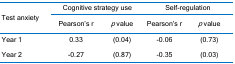
<table><thead><tr><td rowspan="2"><b>Test anxiety</b></td><td colspan="2"><b>Cognitive strategy use</b></td><td colspan="2"><b>Self-regulation</b></td></tr><tr><td><b>Pearson’s r</b></td><td><b><i>p</i> value</b></td><td><b>Pearson’s r</b></td><td><b><i>p</i> value</b></td></tr></thead><tbody><tr><td>Year 1</td><td>0.33</td><td>(0.04)</td><td>-0.06</td><td>(0.73)</td></tr><tr><td>Year 2</td><td>-0.27</td><td>(0.87)</td><td>-0.35</td><td>(0.03)</td></tr></tbody></table>